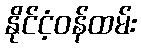
နိုင်ငံ့ဝန်ထမ်း